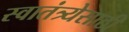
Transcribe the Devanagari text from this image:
स्वातंत्र्येसाठी